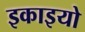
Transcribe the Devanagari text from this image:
इकाइयो